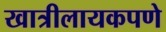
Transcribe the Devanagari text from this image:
खात्रीलायकपणे